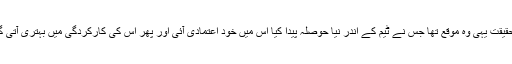
درحقیقت یہی وہ موقع تھا جس نے ٹیم کے اندر نیا حوصلہ پیدا کیا اس میں خود اعتمادی آئی اور پھر اس کی کارکردگی میں بہتری آتی گئی۔